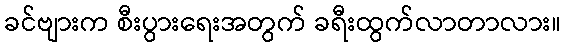
ခင်ဗျားက စီးပွားရေးအတွက် ခရီးထွက်လာတာလား။